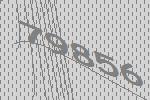
79856